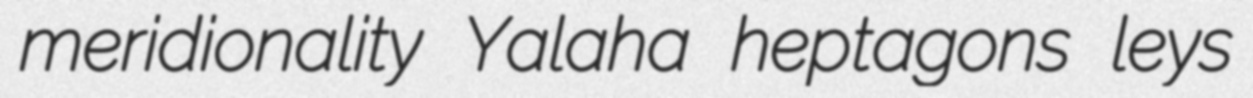
meridionality Yalaha heptagons leys